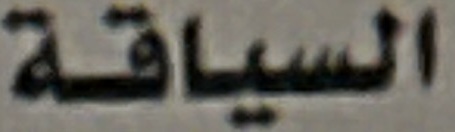
السیاقة